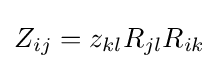
Z_{ij}=z_{kl}R_{jl}R_{ik}